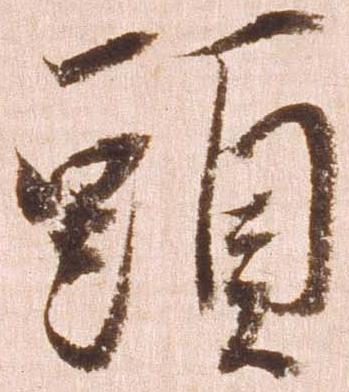
頭